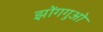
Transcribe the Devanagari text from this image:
झोंगगुओ